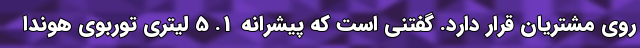
روی مشتریان قرار دارد. گفتنی است که پیشرانه 1. 5 لیتری توربوی هوندا